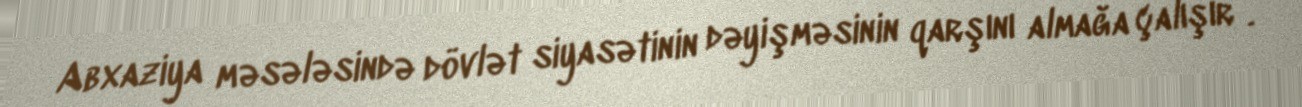
Abxaziya məsələsində dövlət siyasətinin dəyişməsinin qarşını almağa çalışır”.